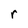
Character: r